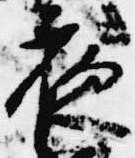
夜